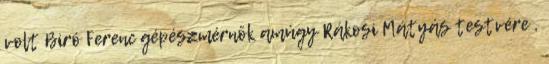
volt Biró Ferenc gépészmérnök amúgy Rákosi Mátyás testvére ,